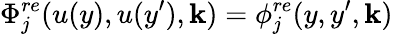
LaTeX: \Phi_{j}^{re}(u(y),u(y^{\prime}),\mathbf{k})=\phi_{j}^{re}(y,y^{\prime},\mathbf{k})